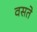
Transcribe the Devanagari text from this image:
वसते